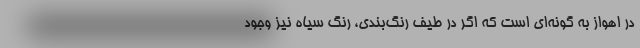
در اهواز به گونه‌ای است که اگر در طیف رنگ‌بندی، رنگ سیاه نیز وجود